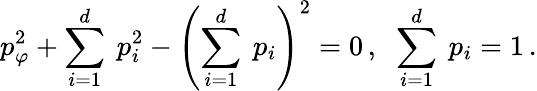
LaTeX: p_{\varphi}^{2}+\sum_{i=1}^{d}\ p_{i}^{2}-\left(\sum_{i=1}^{d}\ p_{i}\right)^{2}=0\, ,\; \; \sum_{i=1}^{d}\ p_{i}=1\, .